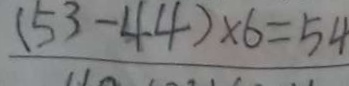
( 5 3 - 4 4 ) \times 6 = 5 4